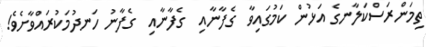
ތިމަންރަސްކަލާނގެ އަޅުން ކަމުގައިވާ  ގެފާނާއި  ގެފާނާއި  ގެފާނު ހަނދުމަކުރައްވާށެވެ!